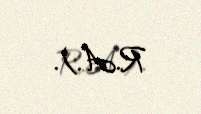
R.A.).